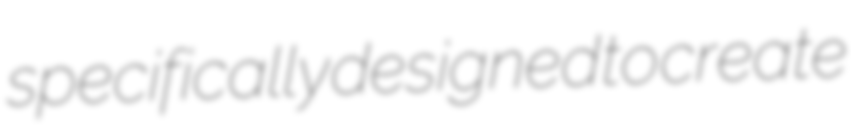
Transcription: specifically designed to create